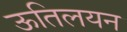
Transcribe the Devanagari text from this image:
ऊतिलयन